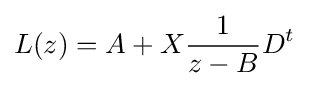
L(z)=A+X{\frac {1}{z-B}}D^{t}